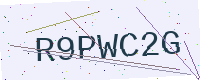
Text: R9PWC2G